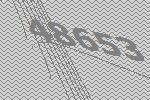
48653